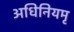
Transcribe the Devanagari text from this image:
अधिनियमृ